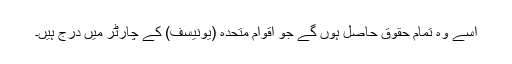
اسے وہ تمام حقوق حاصل ہوں گے جو اقوام متحدہ (یونیسف) کے چارٹر میں درج ہیں۔